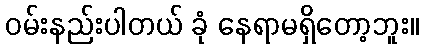
ဝမ်းနည်းပါတယ် ခုံ နေရာမရှိတော့ဘူး။